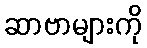
ဆာဗာများကို